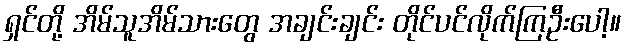
ရှင်တို့ အိမ်သူအိမ်သားတွေ အချင်းချင်း တိုင်ပင်လိုက်ကြဦးပေါ့။